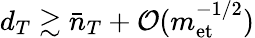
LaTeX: d_{T}\gtrsim\bar{n}_{T}+\mathcal{O}(m_{\mathrm{et}}^{-1/2})